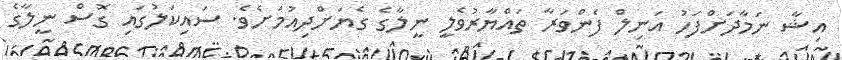
އިޝާ ނަމާދަށްފަހު އަނިލް ފެންވަރާ ތައްޔާރުވެލީ ނީލާގެ ގެޔަށްދިއުމަށެވެ. ސައިކަލުގައި ގޮސް ނީލާގެ